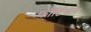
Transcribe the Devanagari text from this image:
फॉर्टिसन